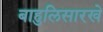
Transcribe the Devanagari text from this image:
बाहुलिसारखे